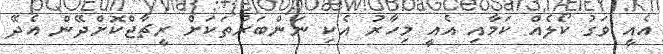
އެއީ ވަގު ކޯލެއް ކަމާއި އެއީ މިހާރު އެކި ނަންބަރުތަކަށް ރީޗާޖްކޮށްދޭން އެދޭ